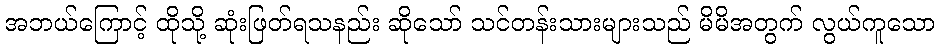
အဘယ်ကြောင့် ထိုသို့ ဆုံးဖြတ်ရသနည်း ဆိုသော် သင်တန်းသားများသည် မိမိအတွက် လွယ်ကူသော